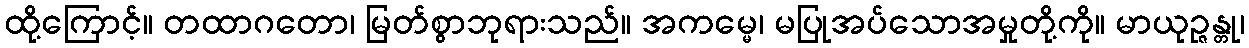
ထို့ကြောင့်။ တထာဂတော၊ မြတ်စွာဘုရားသည်။ အကမ္မေ၊ မပြုအပ်သောအမှုတို့ကို။ မာယုဉ္ဇန္တု၊